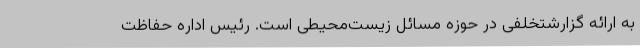
به ارائه گزارشتخلفی در حوزه مسائل زیست‌محیطی است. رئیس اداره حفاظت